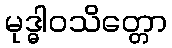
မုဒ္ဓါဝသိတ္တော